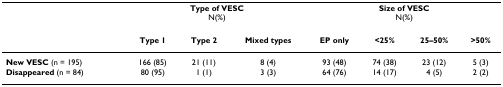
|  | <COLSPAN=3> Type of VESCN(%) | <COLSPAN=4> Size of VESCN(%) |
 |  | Type 1 | Type 2 | Mixed types | EP only | <25% | 25–50% | >50% |
 | --- | --- | --- | --- | --- | --- | --- | --- |
 | New VESC (n = 195) | 166 (85) | 21 (11) | 8 (4) | 93 (48) | 74 (38) | 23 (12) | 5 (3) |
 | Disappeared (n = 84) | 80 (95) | 1 (1) | 3 (3) | 64 (76) | 14 (17) | 4 (5) | 2 (2) |